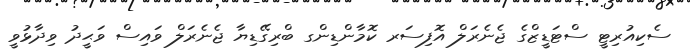
ސެކިއުރިޓީ ސްޓަޑީޒްގެ ޖެނެރަލް އޮފިސަރ ކޮމާންޑިންގ ބްރިގޭޑިޔާ ޖެނެރަލް ވައިސް ވަޙީދު ވިދާޅުވީ